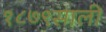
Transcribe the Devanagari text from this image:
१८७९साली